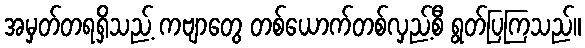
အမှတ်တရရှိသည့် ကဗျာတွေ တစ်ယောက်တစ်လှည့်စီ ရွတ်ပြကြသည်။